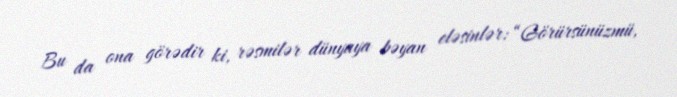
Bu da ona görədir ki, rəsmilər dünyaya bəyan eləsinlər: “Görürsünüzmü,